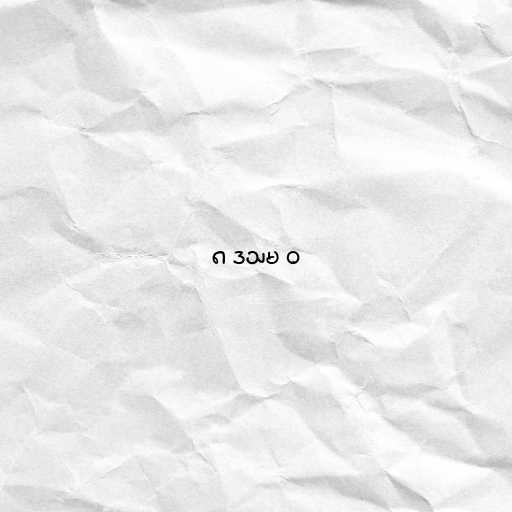
၈ ဒသမ ၀